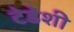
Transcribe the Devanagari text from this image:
टेडेशी